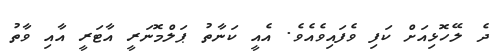
ދެ ލޭހޮޅިއަށް ކަފި ވެފައިވެއެވެ. އެއީ ކަނާތު ޕަލްމޮނަރީ އާޓަރީ އާއި ވާތު